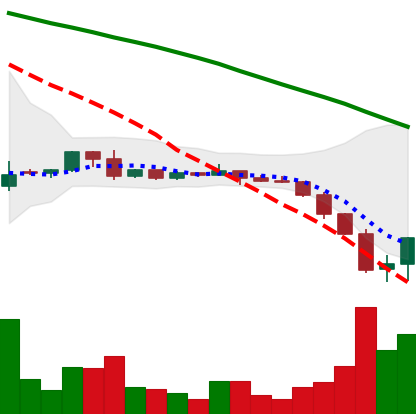
Ticker: DOGE-USD
Chart end date: 2022-06-15
Forward return: -4.481%
Label: down_3_5